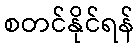
စတင်နိုင်ရန်